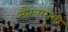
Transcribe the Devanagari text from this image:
सौख्यरासी